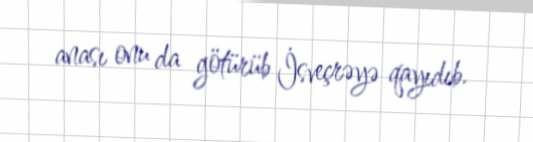
anası onu da götürüb İsveçrəyə qayıdıb.